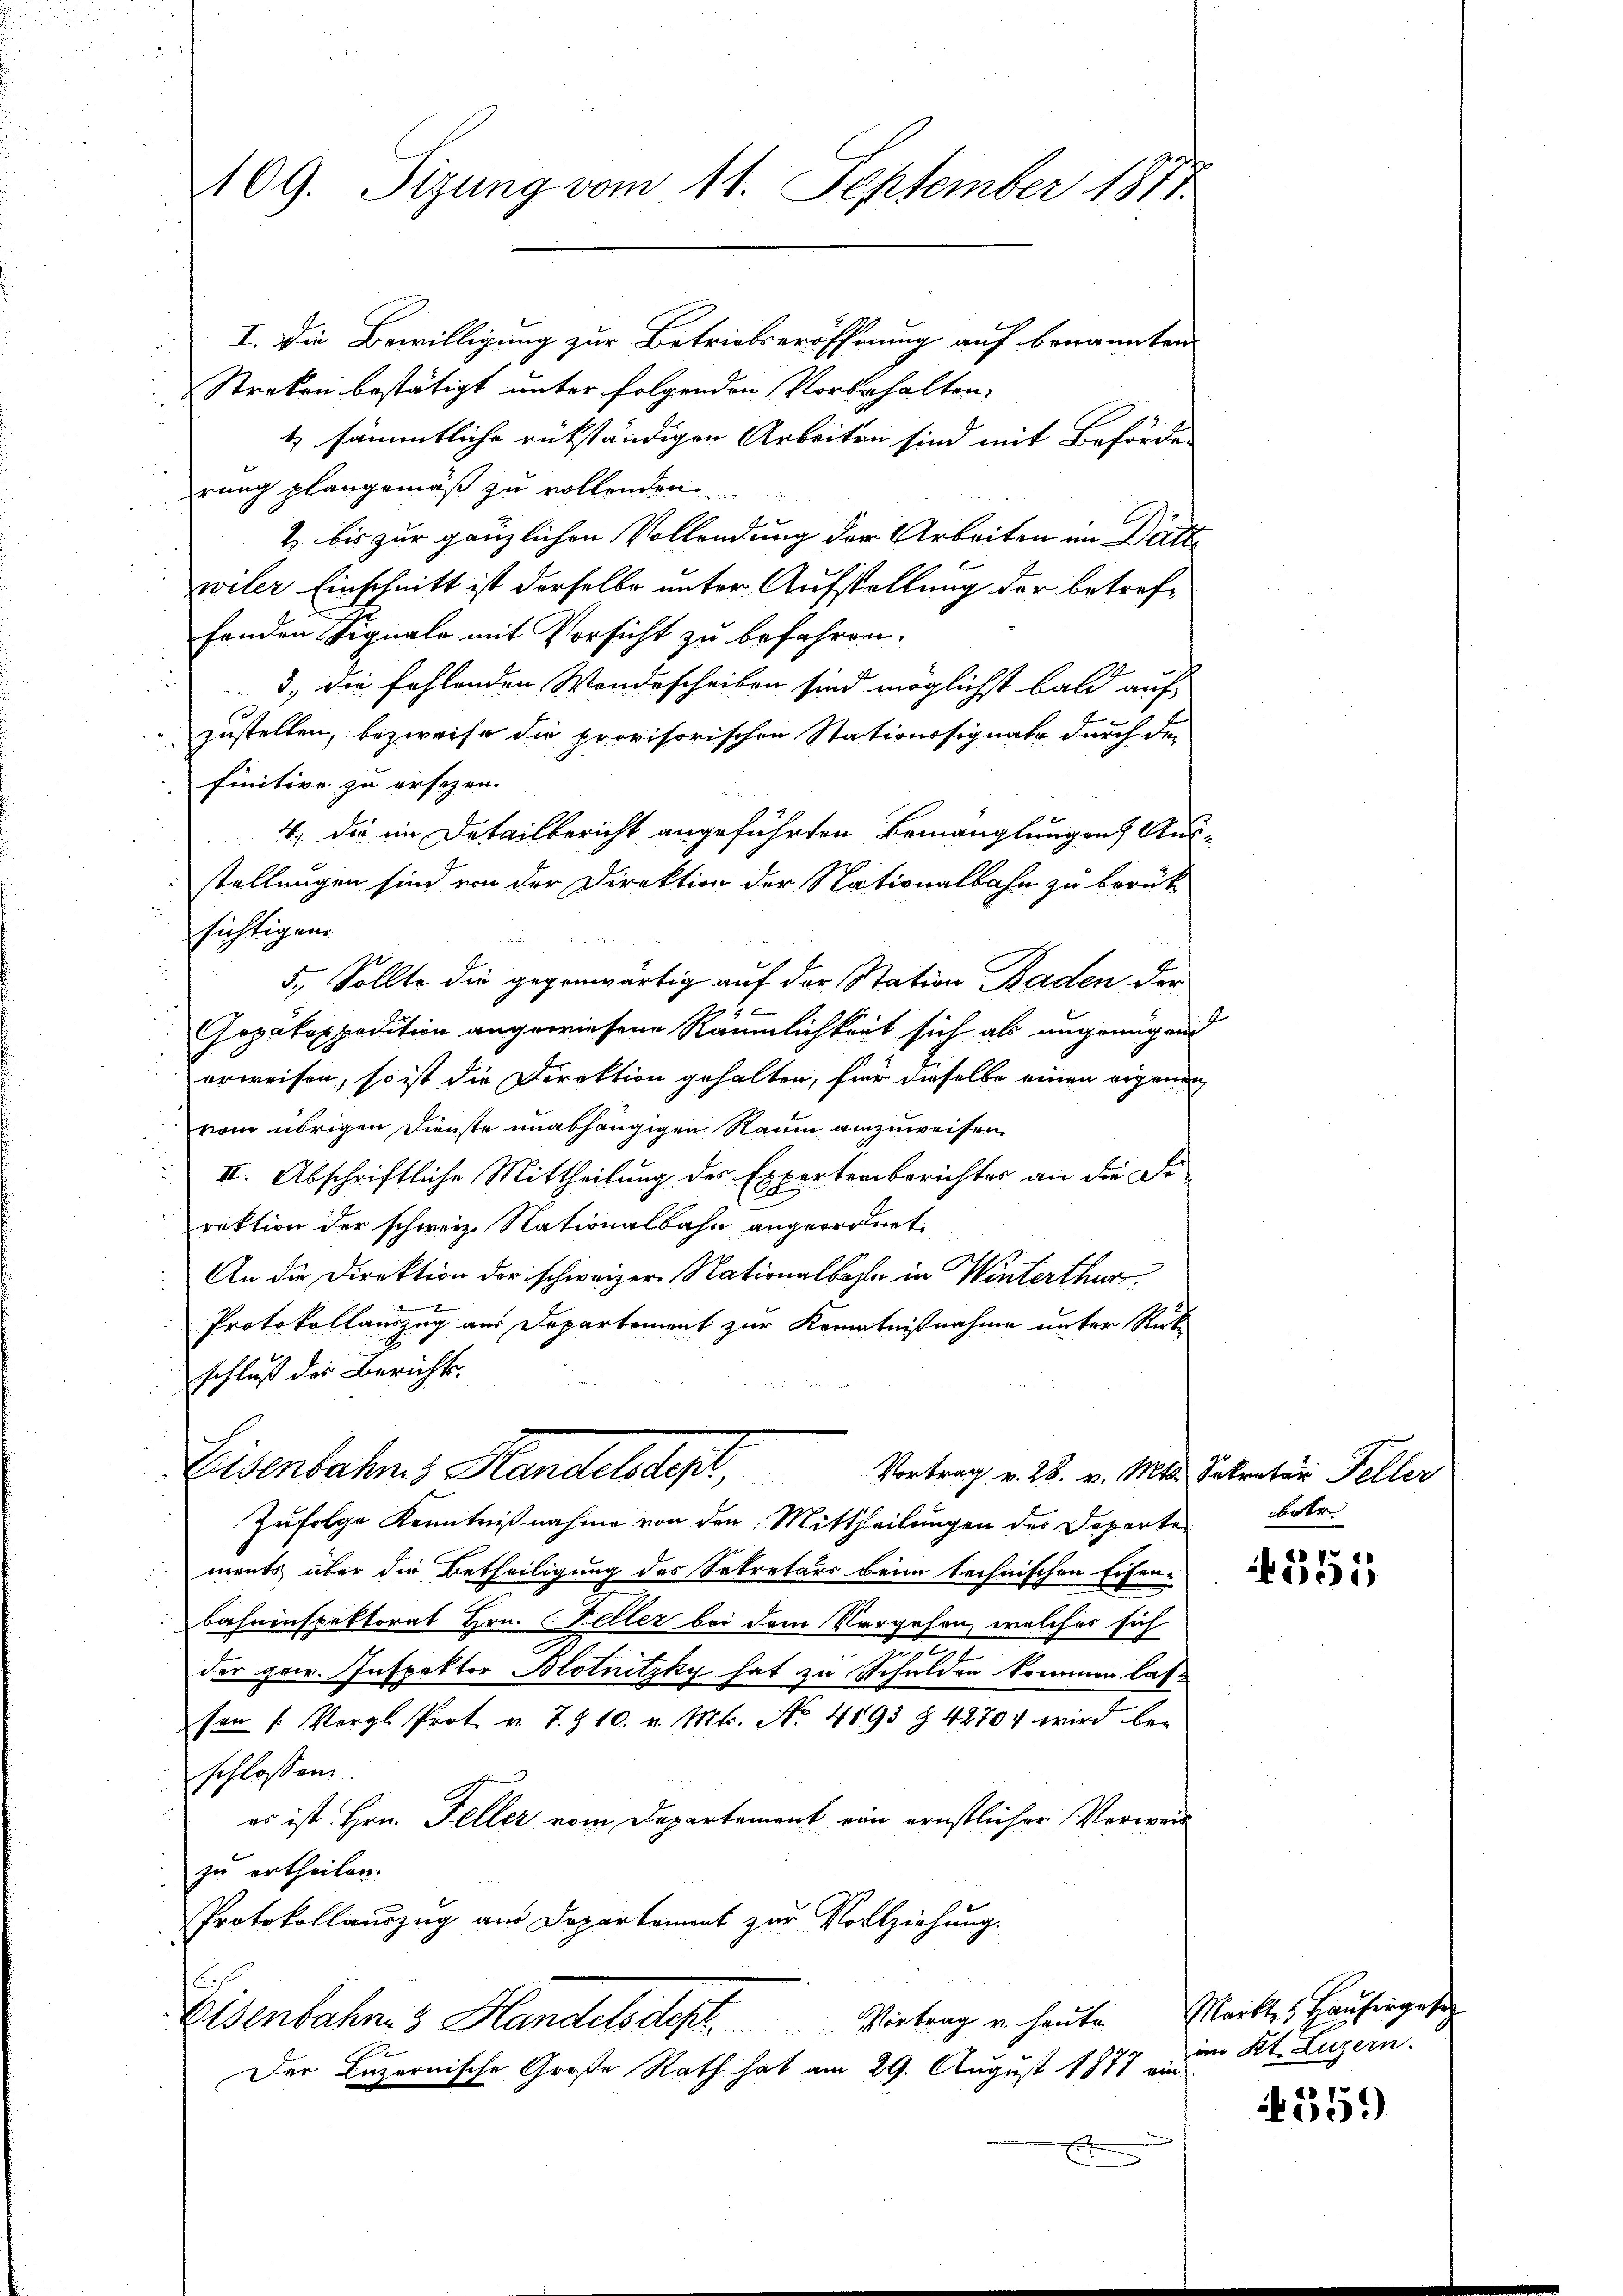
409. Sizung vom 11. September 1873.
I. Die Bewilligung zur Betriebseröffnung auf benannten
Stecken bestätigt unter folgenden Vorbehalten,
4 sämmtliche rükständigen Arbeiten sind mit Beförde

rung plangemäß zu vollenden.
2. bis zur gänzlichen Vollendung der Arbeiten in Dätte
wiler Einschnitt ist derselbe unter Aufstellung der betreffenden Signale mit Vorsicht zu befahren.
3, die fehlenden Wandescheiben sind möglichst bald auf
zustellen, bezweife die provisorischen Stationssignatz durch der
finitive zu ersezen.
4) die im Detailbericht angeführten Bemanglungen Ausstellungen sind von der Direktion der Nationalbahn zu berük-
sichtigens
5., Sollte die gegenwärtig auf der Station Baden der
.
0
Gepakespedition angewiesene Räumlichkeit sich als ungenügen
erweisen, so ist die Direktion gehalten, für dieselbe einen eigenen
vom übrigen Dienste unabhängigen Raum anzuweisen.
II. Abschriftliche Mittheilung des Expertenberichtes an die Di
rektion der schweiz. Nationalbahn angeordnet.
 An die Direktion der schweizer Nationalbahn in Winterthur
1
Protokollauszug aus Departement zur Kenntnißnahme unter Rückschluß der Berichts

Eisenbahres Handeleist,
Vortrag v. 28. v. Mts. Sekretär Feller

2

Zufolge Kenntnißnahme von den Mittheilungen der Departe
ments über die Betheiligung des Sekretärs beim technischen Eisen-
Bahninspektorat Hrn. Celler bei dem Vergehen, welches sich
e
der gew. Inspektor Blotnitzky hat zu Schulden kommen lassen /: Vergl. Prot. v. J. Z. 10. v. Mts. No. 4893 § 42704 wird be-
schlossen.
es ist Hrn. Feller vom Departement von ernstlicher Verweit
zu ertheilen.
Protokollauszug aus Departement zur Vollziehung.
Eisenbahre 3 Handelsdest. Viertrag u. heute Mitte Hausergese
Der Luzernische Große Rath hat am 29. August 1877 ein

betr.

:
355

im Kt. Luzern.

359